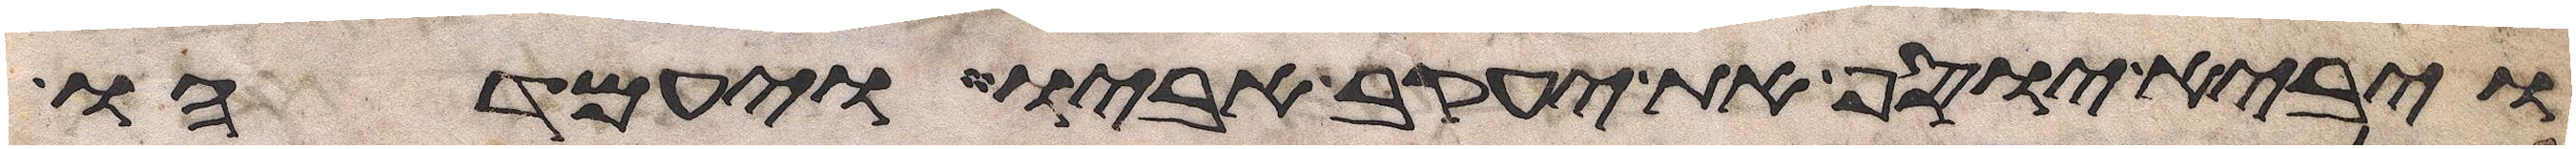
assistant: ויבא יוסף את יעקב אביו ויעמדהו